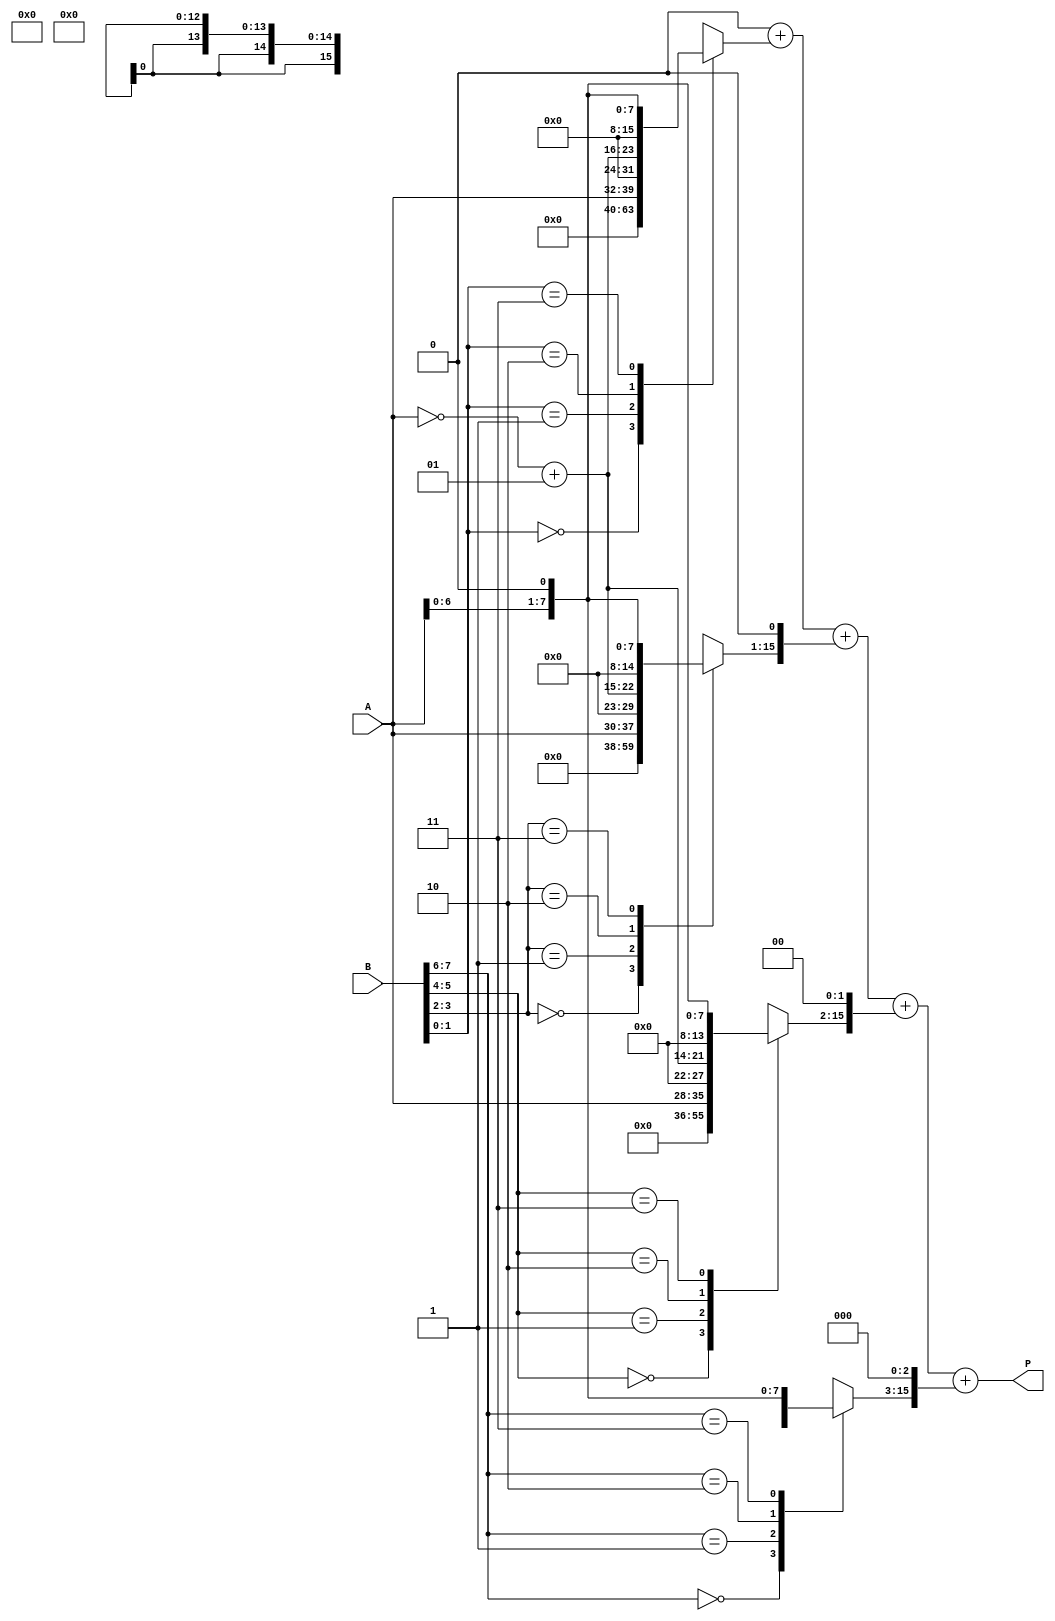
module radix4_multiplier #(parameter n = 8) (
    input signed [n-1:0] A,      // Multiplicand
    input signed [n-1:0] B,      // Multiplier
    output reg signed [2*n-1:0] P // Product
);

    reg [n-1:0] A_ext, A_neg, A_double; // Extended and scaled versions of A
    reg [n:0] B_ext; // Extended multiplier for handling sign
    reg [2*n-1:0] partial_products [0:(n/2)-1]; // Array to hold partial products
    integer i;

    // Sign extend A and prepare scaled values
    always @(*) begin
        A_ext = A;
        A_neg = ~A + 1; // Two's complement for -A
        A_double = A << 1; // 2A
        B_ext = {1'b0, B}; // Extend B for pairing

        // Initialize partial products to zero
        for (i = 0; i < n/2; i = i + 1) begin
            partial_products[i] = 0;
        end

        // Booth encoding and partial product generation
        for (i = 0; i < n/2; i = i + 1) begin
            case (B_ext[2*i+1:2*i]) // Pair of bits from B
                2'b00: partial_products[i] = 0;           // 00 -> 0
                2'b01: partial_products[i] = A_ext;       // 01 -> A
                2'b10: partial_products[i] = A_neg;       // 10 -> -A
                2'b11: partial_products[i] = A_double;    // 11 -> 2A
                default: partial_products[i] = 0;
            endcase
        end

        // Initialize product to zero
        P = 0;

        // Sum the partial products
        for (i = 0; i < n/2; i = i + 1) begin
            P = P + (partial_products[i] << (i * 1)); // Shift according to the pair position
        end
    end

endmodule